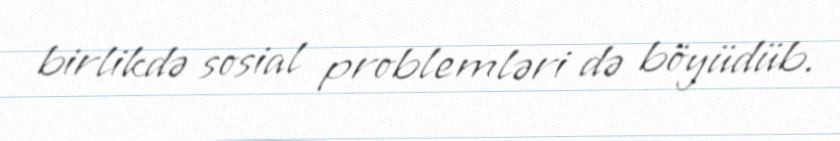
birlikdə sosial problemləri də böyüdüb.